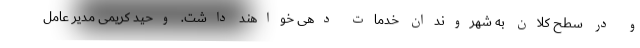
و در سطح کلان به شهروندان خدمات دهی خواهند داشت. وحید کریمی مدیر عامل